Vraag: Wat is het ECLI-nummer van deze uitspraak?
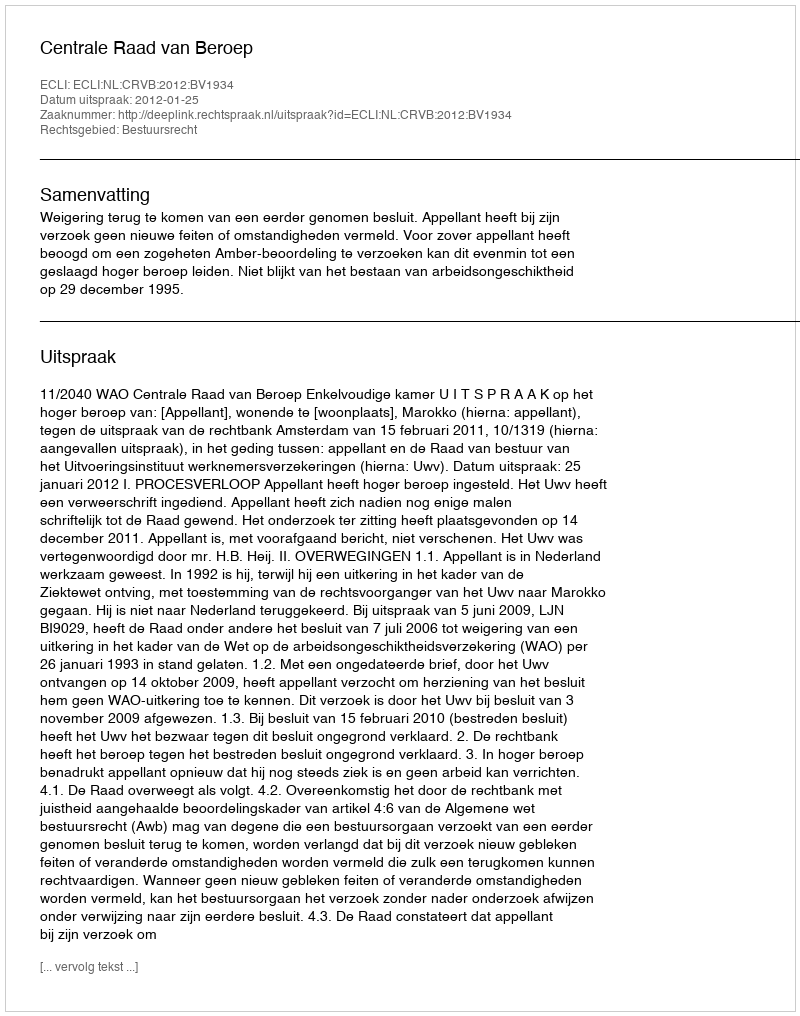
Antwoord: ECLI:NL:CRVB:2012:BV1934